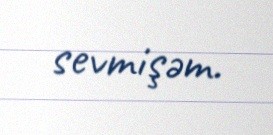
sevmişəm.